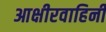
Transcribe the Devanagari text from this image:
आक्षीरवाहिनी